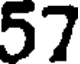
57